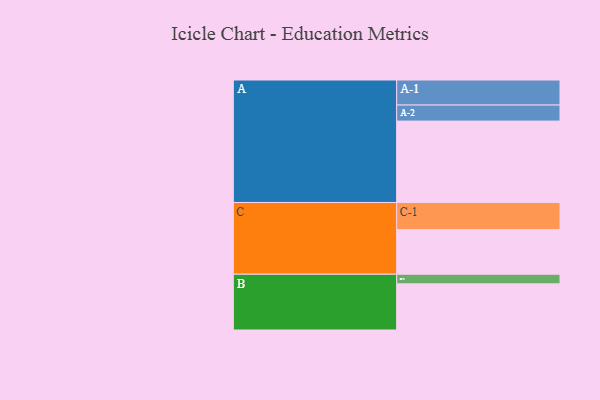
{"axis": {"x": "Segment", "y": "Value"}, "legend": ["", "A", "B", "C"], "data": [{"x": "A", "y": 582, "type": ""}, {"x": "B", "y": 330, "type": ""}, {"x": "C", "y": 319, "type": ""}, {"x": "A-1", "y": 179, "type": "A"}, {"x": "A-2", "y": 115, "type": "A"}, {"x": "B-1", "y": 69, "type": "B"}, {"x": "C-1", "y": 194, "type": "C"}]}